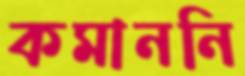
কমাননি